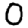
Digit: 0